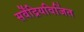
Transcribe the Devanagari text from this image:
सर्वेंद्रियविजिंत